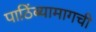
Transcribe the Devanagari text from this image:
पाठिंब्यामागची